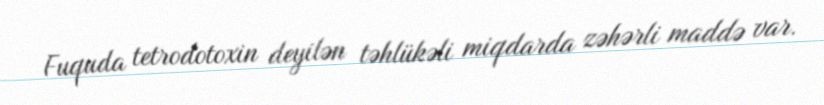
Fuquda tetrodotoxin deyilən təhlükəli miqdarda zəhərli maddə var.